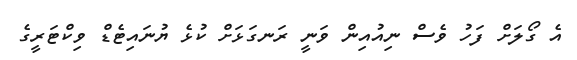
އެ ގޯލަށް ފަހު ވެސް ނިއުއިން ވަނީ ރަނގަޅަށް ކުޅެ ޔުނައިޓެޑް ވިކްޓަރީގެ